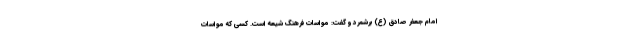
امام جعفر صادق (ع) برشمرد و گفت: مواسات فرهنگ شیعه است. کسی که مواسات